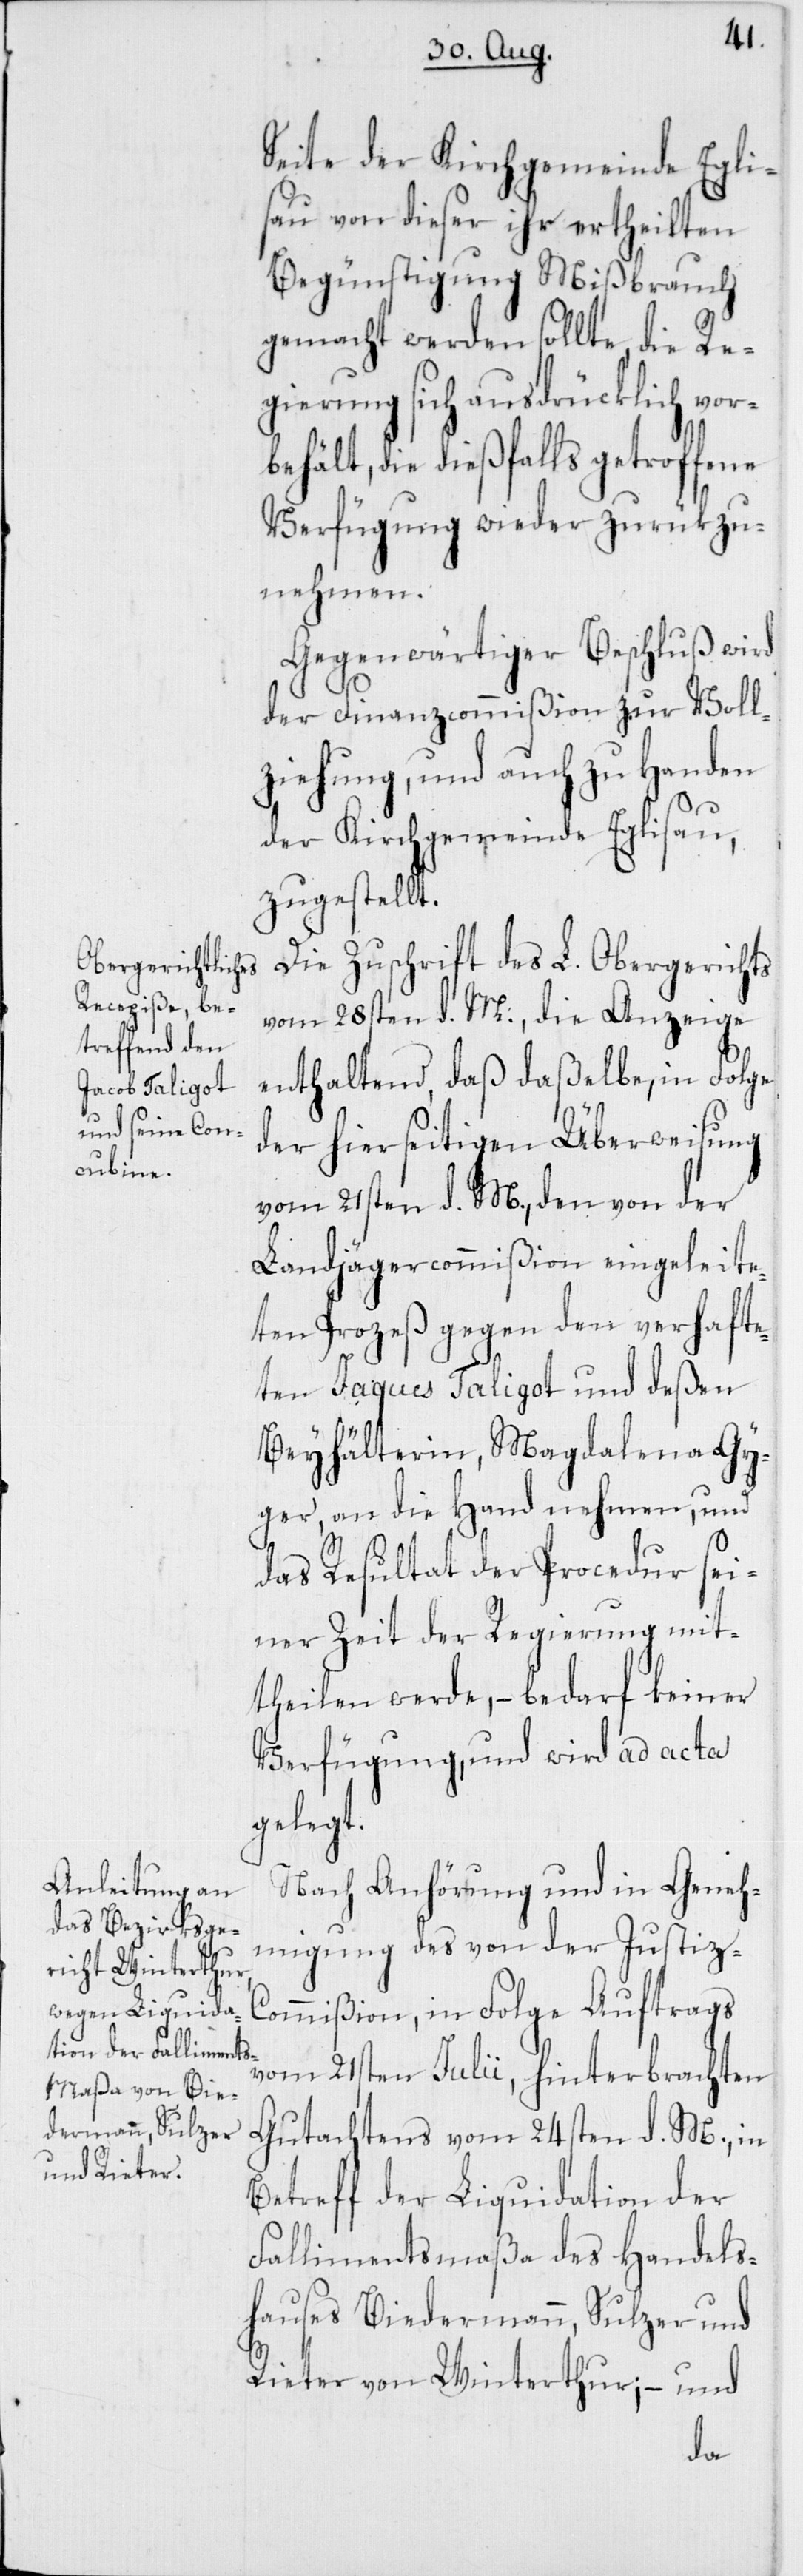
Seite der Kichgemeinde Egli¬
sau von dieser ihr ertheilten
Begünstigung Mißbrauch
gemacht werden sollte, die Re¬
gierung sich ausdrücklich vo¬
rbehält, die dießfalls getroffene
Verfügung wieder zurükzu¬
nehmen.
Gegenwärtiger Beschluß wird
der Finanzcommißion zur Voll¬
ziehung, und auch zu Handen
der Kirchgemeinde Eglisau,
zugestellt.
Die Zuschrift des L. Obergerichts
vom 28sten d. M., die Anzeige
enthaltend, daß daßelbe, in Folge
der hierseitigen Überweisung
vom 21sten d. M., den von der
Landjägercommißion eingeleite¬
ten Prozeß gegen den verhafte¬
ten Jacques Taligot und deßen
Beyhälterin, Magdalena Gy¬
ger, an die Hand nehmen, und
das Resultat der Procedur sei¬
ner Zeit der Regierung mit¬
theilen werde, – bedarf keiner
Verfügung, und wird ad acta
gelegt.
Nach Anhörung und in Geneh¬
migung des von der Justiz-C¬
ommißion, in Folge Auftrags
vom 21sten Julii, hinterbrachten
Gutachtens vom 24sten d. M., in
Betreff der Liquidation der
Fallimentsmaßa des Handels¬
hauses Biedermann, Sulzer &
Rieter von Winterthur; – und